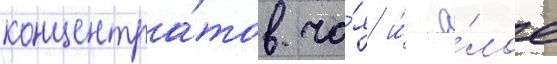
концентра́тов ча́я и́ а́лое